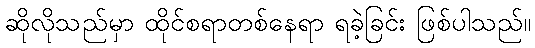
ဆိုလိုသည်မှာ ထိုင်စရာတစ်နေရာ ရခဲ့ခြင်း ဖြစ်ပါသည်။